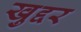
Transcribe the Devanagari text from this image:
खुद्दर